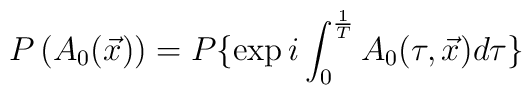
P\left(A_0(\vec x)\right)=P\{\exp{i\int_0^{{1\over T}}A_0(\tau,\vec x)d\tau}\}